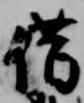
借